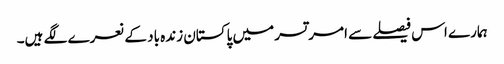
ہمارے اس فیصلے سے امرتسر میں پاکستان زندہ باد کے نعرے لگے ہیں۔